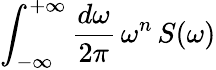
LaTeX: \int_{-\infty}^{+\infty}\frac{d\omega}{2\pi}\, \omega^{n}\, S(\omega)